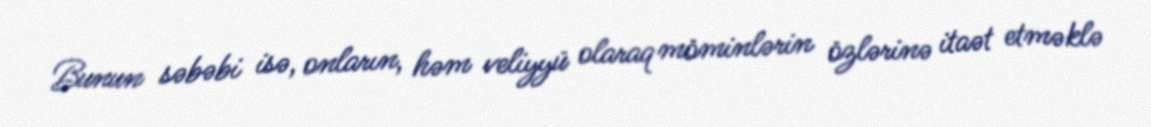
Bunun səbəbi isə, onların, həm veliyyü olaraq möminlərin özlərinə itaət etməklə